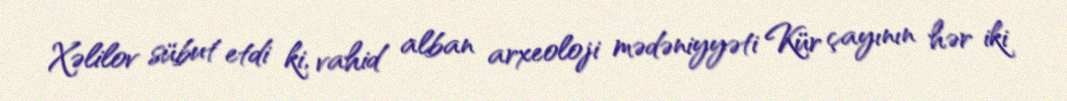
Xəlilov sübut etdi ki, vahid alban arxeoloji mədəniyyəti Kür çayının hər iki